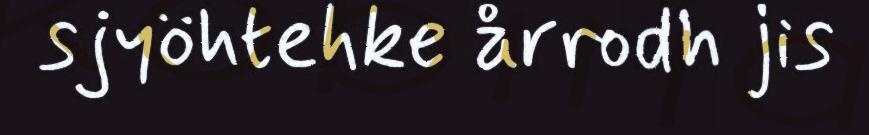
sjyöhtehke årrodh jis